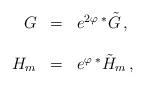
LaTeX: \begin{align*}\begin{array}{rcl} G &=& e^{2\varphi}\, {}^{*}\tilde{G}\, ,\\& & \\ H_{m} &=& e^{\varphi}\, {}^{*}\tilde{H}_{m}\, ,\\\end{array}\end{align*}